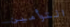
التوأمين